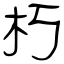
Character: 朽